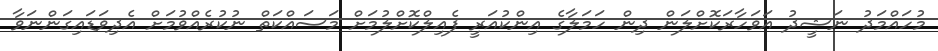
މުހައްމަދު ނަޝީދު އަވަހާރަކޮށްލަން ދިން ހަމަލާގެ އިންކުއަރީ ފެއިލްކޮށްލުމަށް މަސައްކަތް ނުކުރެއްވުމަށް އެދިވަޑައިގަންނަވާ